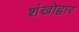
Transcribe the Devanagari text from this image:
शंखोद्वार